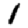
Digit: 1